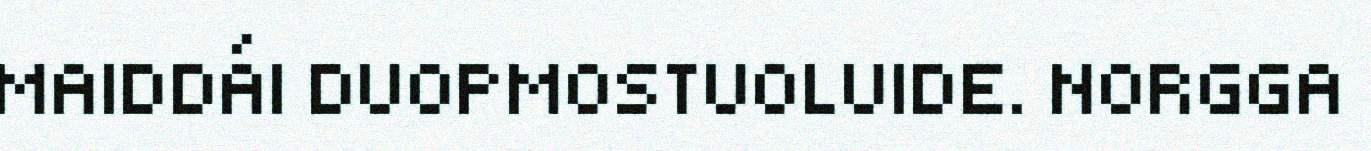
MAIDDÁI DUOPMOSTUOLUIDE. NORGGA